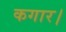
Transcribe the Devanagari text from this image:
कगार।